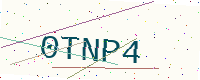
Text: 0TNP4